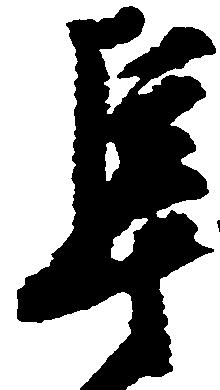
隼